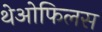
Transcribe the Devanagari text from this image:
थेओफिलस